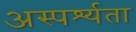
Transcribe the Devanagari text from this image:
अस्पर्श्यता